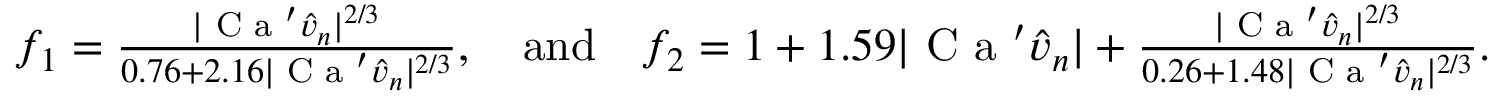
\begin{array} { r } { f _ { 1 } = \frac { | \textrm { C a } ^ { \prime } \hat { v } _ { n } | ^ { 2 / 3 } } { 0 . 7 6 + 2 . 1 6 | \textrm { C a } ^ { \prime } \hat { v } _ { n } | ^ { 2 / 3 } } , \quad \mathrm { a n d } \quad f _ { 2 } = 1 + 1 . 5 9 | \textrm { C a } ^ { \prime } \hat { v } _ { n } | + \frac { | \textrm { C a } ^ { \prime } \hat { v } _ { n } | ^ { 2 / 3 } } { 0 . 2 6 + 1 . 4 8 | \textrm { C a } ^ { \prime } \hat { v } _ { n } | ^ { 2 / 3 } } . } \end{array}